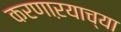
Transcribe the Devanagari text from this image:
करणाऱयाच्या